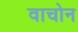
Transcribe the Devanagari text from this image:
वाचोन